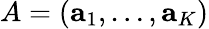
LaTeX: A=(\mathbf{a}_{1},\dots,\mathbf{a}_{K})